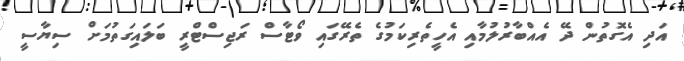
އަދި އެގޮތުން ދޭ އެއްބާރުލުމާއި އެހީތެރިކަމުގެ ތެރޭގައި ވޯޓާސް ރަޖިސްޓްރީ ބަލައިގަތުމަށް ސިޔާސީ